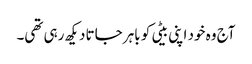
آج وہ خود اپنی بیٹی کو باہر جاتا دیکھ رہی تھی۔